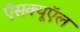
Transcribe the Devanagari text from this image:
ऍसक्यूऍल